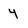
Character: 4